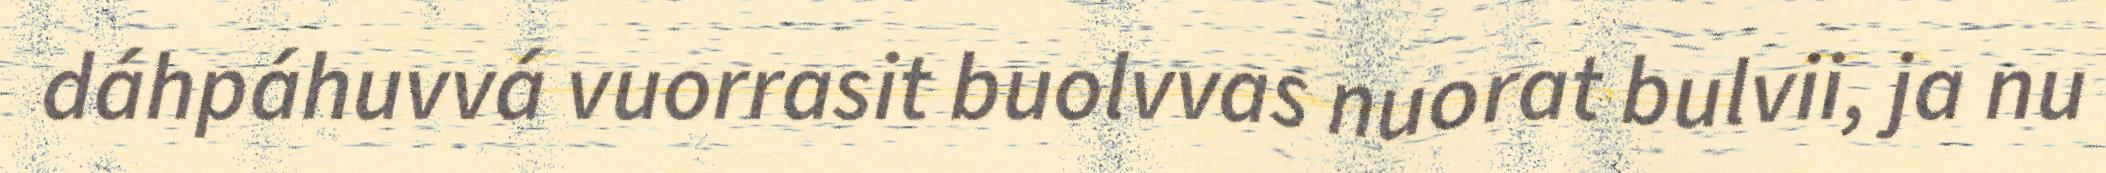
dáhpáhuvvá vuorrasit buolvvas nuorat bulvii, ja nu